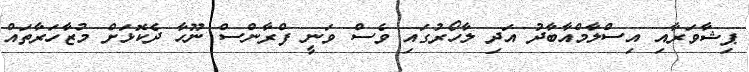
ޕިޝާވަރާއި އިސްލާމްއާބާދު އަދި ލާހޯރުގައި ވެސް ވަނީ ފްރާންސް ނޫހާ ދެކޮޅަށް މުޒާހަރާތައް